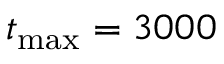
t _ { \mathrm { m a x } } = 3 0 0 0